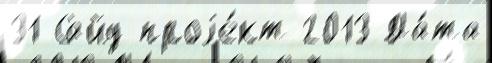
31 Сайд-проjе́кт 2013 Да́та